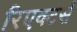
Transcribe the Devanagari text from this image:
रिएक्टर्स